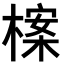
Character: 𣗈